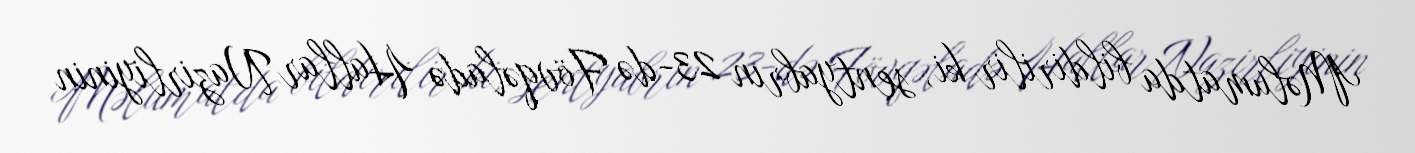
Məlumatda bildirilir ki, sentyabrın 23-də Fövqəladə Hallar Nazirliyinin